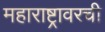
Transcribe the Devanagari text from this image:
महाराष्ट्रावरची